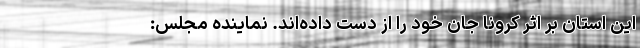
این استان بر اثر کرونا جان خود را از دست داده‌اند. نماینده مجلس: